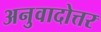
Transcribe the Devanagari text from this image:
अनुवादोत्तर